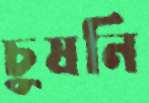
চুষনি